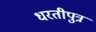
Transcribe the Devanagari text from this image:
धरतीपुत्र